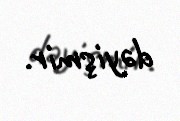
dəyişmir.